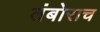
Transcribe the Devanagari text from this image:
तंबोराच